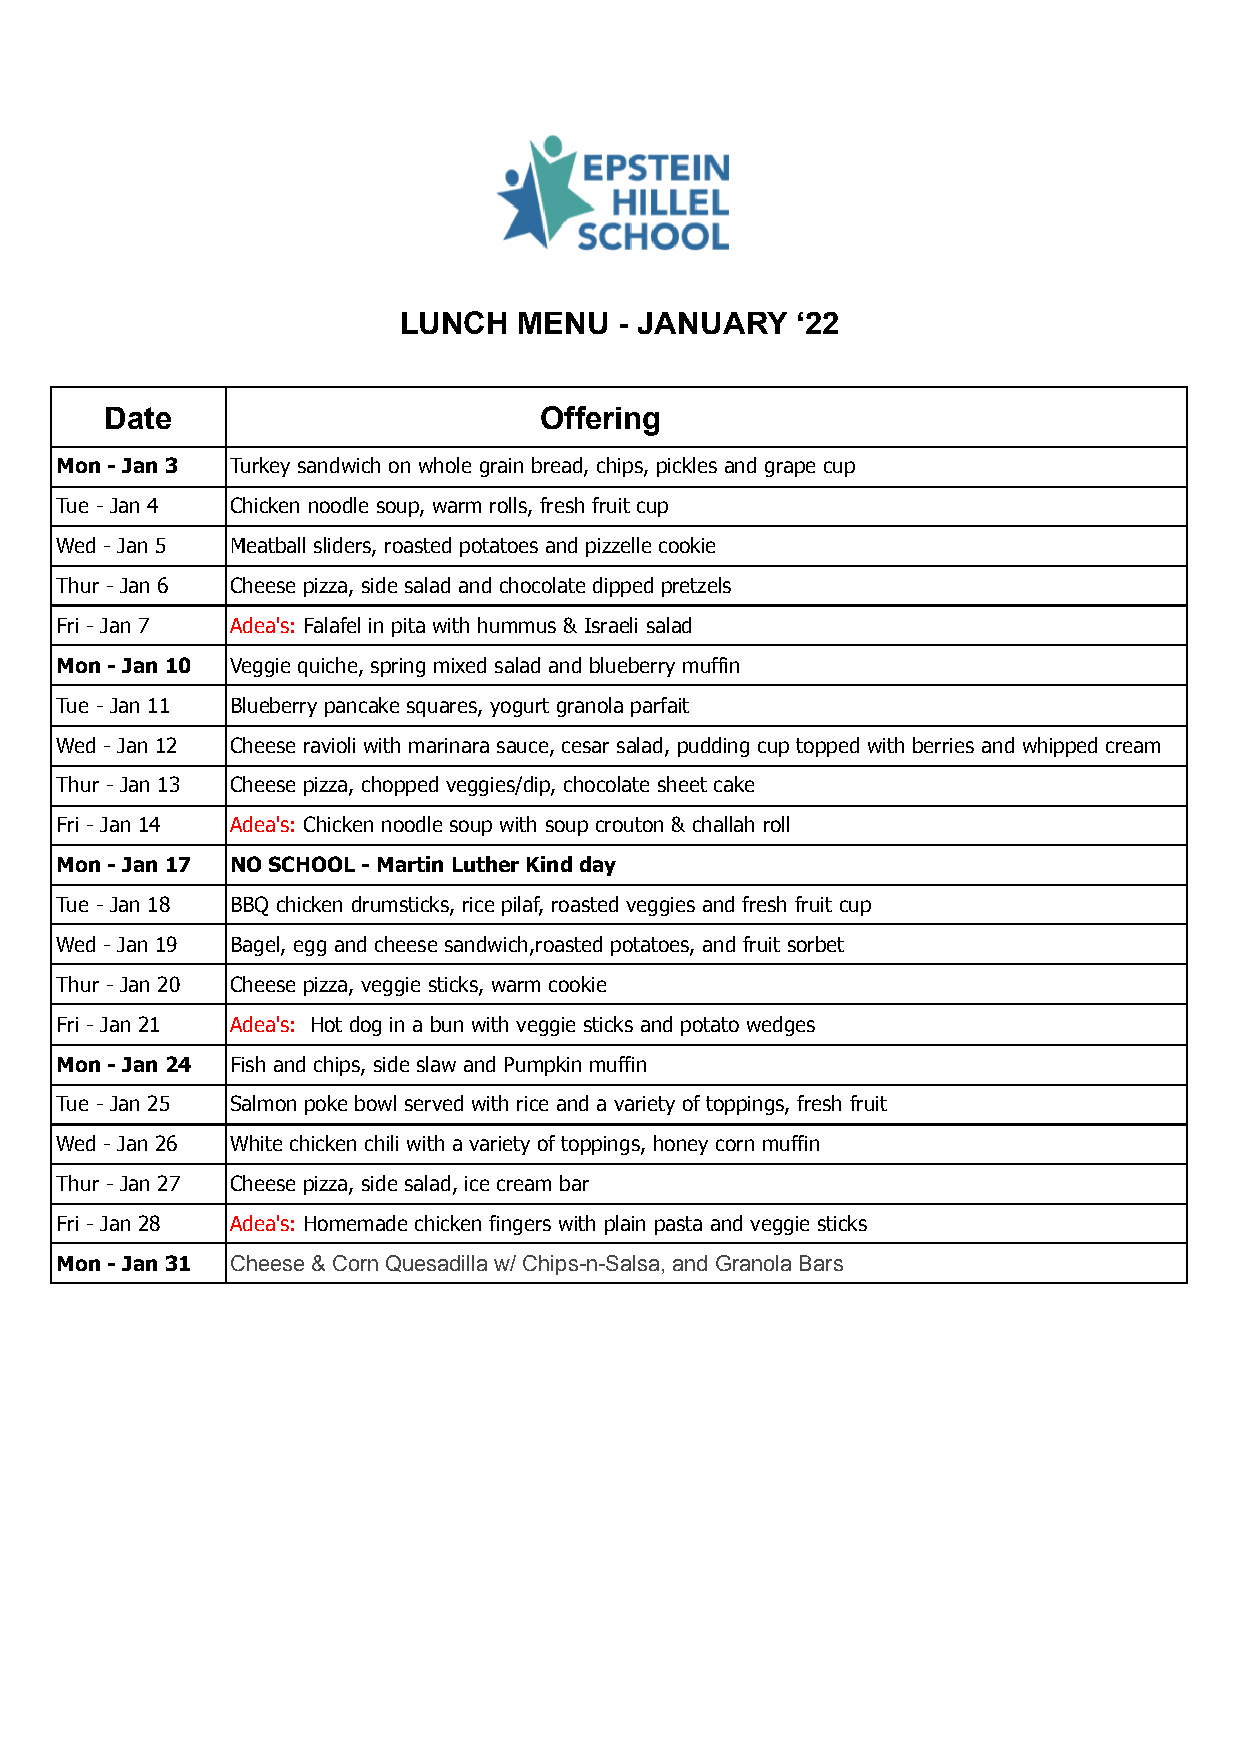
LUNCH   MENU   - JANUARY   ‘22
 Date                         Offering
 Mon - Jan 3 Turkey sandwich on whole grain bread, chips, pickles and grape cup
 Tue - Jan 4 Chicken noodle soup, warm rolls, fresh fruit cup
 Wed - Jan 5 Meatball sliders, roasted potatoes and pizzelle cookie
 Thur - Jan 6 Cheese pizza, side salad and chocolate dipped pretzels
 Fri - Jan 7 Adea's: Falafel in pita with hummus & Israeli salad
 Mon - Jan 10 Veggie quiche, spring mixed salad and blueberry muffin
 Tue - Jan 11 Blueberry pancake squares, yogurt granola parfait
 Wed - Jan 12 Cheese ravioli with marinara sauce, cesar salad, pudding cup topped with berries and whipped cream
 Thur - Jan 13 Cheese pizza, chopped veggies/dip, chocolate sheet cake
 Fri - Jan 14 Adea's: Chicken noodle soup with soup crouton & challah roll
 Mon - Jan 17 NO SCHOOL - Martin Luther Kind day
 Tue - Jan 18 BBQ chicken drumsticks, rice pilaf, roasted veggies and fresh fruit cup
 Wed - Jan 19 Bagel, egg and cheese sandwich,roasted potatoes, and fruit sorbet
 Thur - Jan 20 Cheese pizza, veggie sticks, warm cookie
 Fri - Jan 21 Adea's: Hot dog in a bun with veggie sticks and potato wedges
 Mon - Jan 24 Fish and chips, side slaw and Pumpkin muffin
 Tue - Jan 25 Salmon poke bowl served with rice and a variety of toppings, fresh fruit
 Wed - Jan 26 White chicken chili with a variety of toppings, honey corn muffin
 Thur - Jan 27 Cheese pizza, side salad, ice cream bar
 Fri - Jan 28 Adea's: Homemade chicken fingers with plain pasta and veggie sticks
 Mon - Jan 31 Cheese & Corn Quesadilla w/ Chips-n-Salsa, and Granola Bars